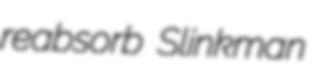
reabsorb Slinkman